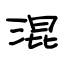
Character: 混